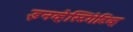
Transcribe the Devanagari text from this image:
इनव्हेस्टिगेटिव्ह